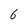
Character: 6